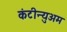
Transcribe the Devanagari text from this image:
कंटीन्युअम